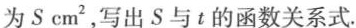
为S cm^{2}，写出S与t的函数关系式.